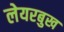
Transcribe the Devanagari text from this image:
लेयरबुख